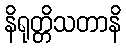
နိရုတ္တိသတာနိ